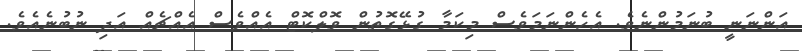
އަންނަނީ ބުނަމުންނެވެ. އެހެންނަމަވެސް މިކަމާ ގުޅޭގޮތުން ވޮލްކޮޓް އެއްވެސް އެއްޗެއް އަދި ނުބުނެއެވެ.